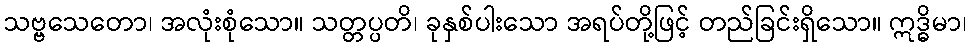
သဗ္ဗသေတော၊ အလုံးစုံသော။ သတ္တပ္ပတိ၊ ခုနှစ်ပါးသော အရပ်တို့ဖြင့် တည်ခြင်းရှိသော။ ဣဒ္ဓိမာ၊